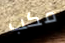
مكب